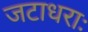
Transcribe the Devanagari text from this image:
जटाधराः